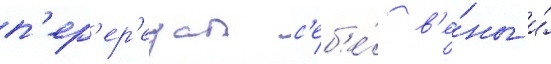
п'ер'ер'езал с'еб'е́ в'е́ны и́